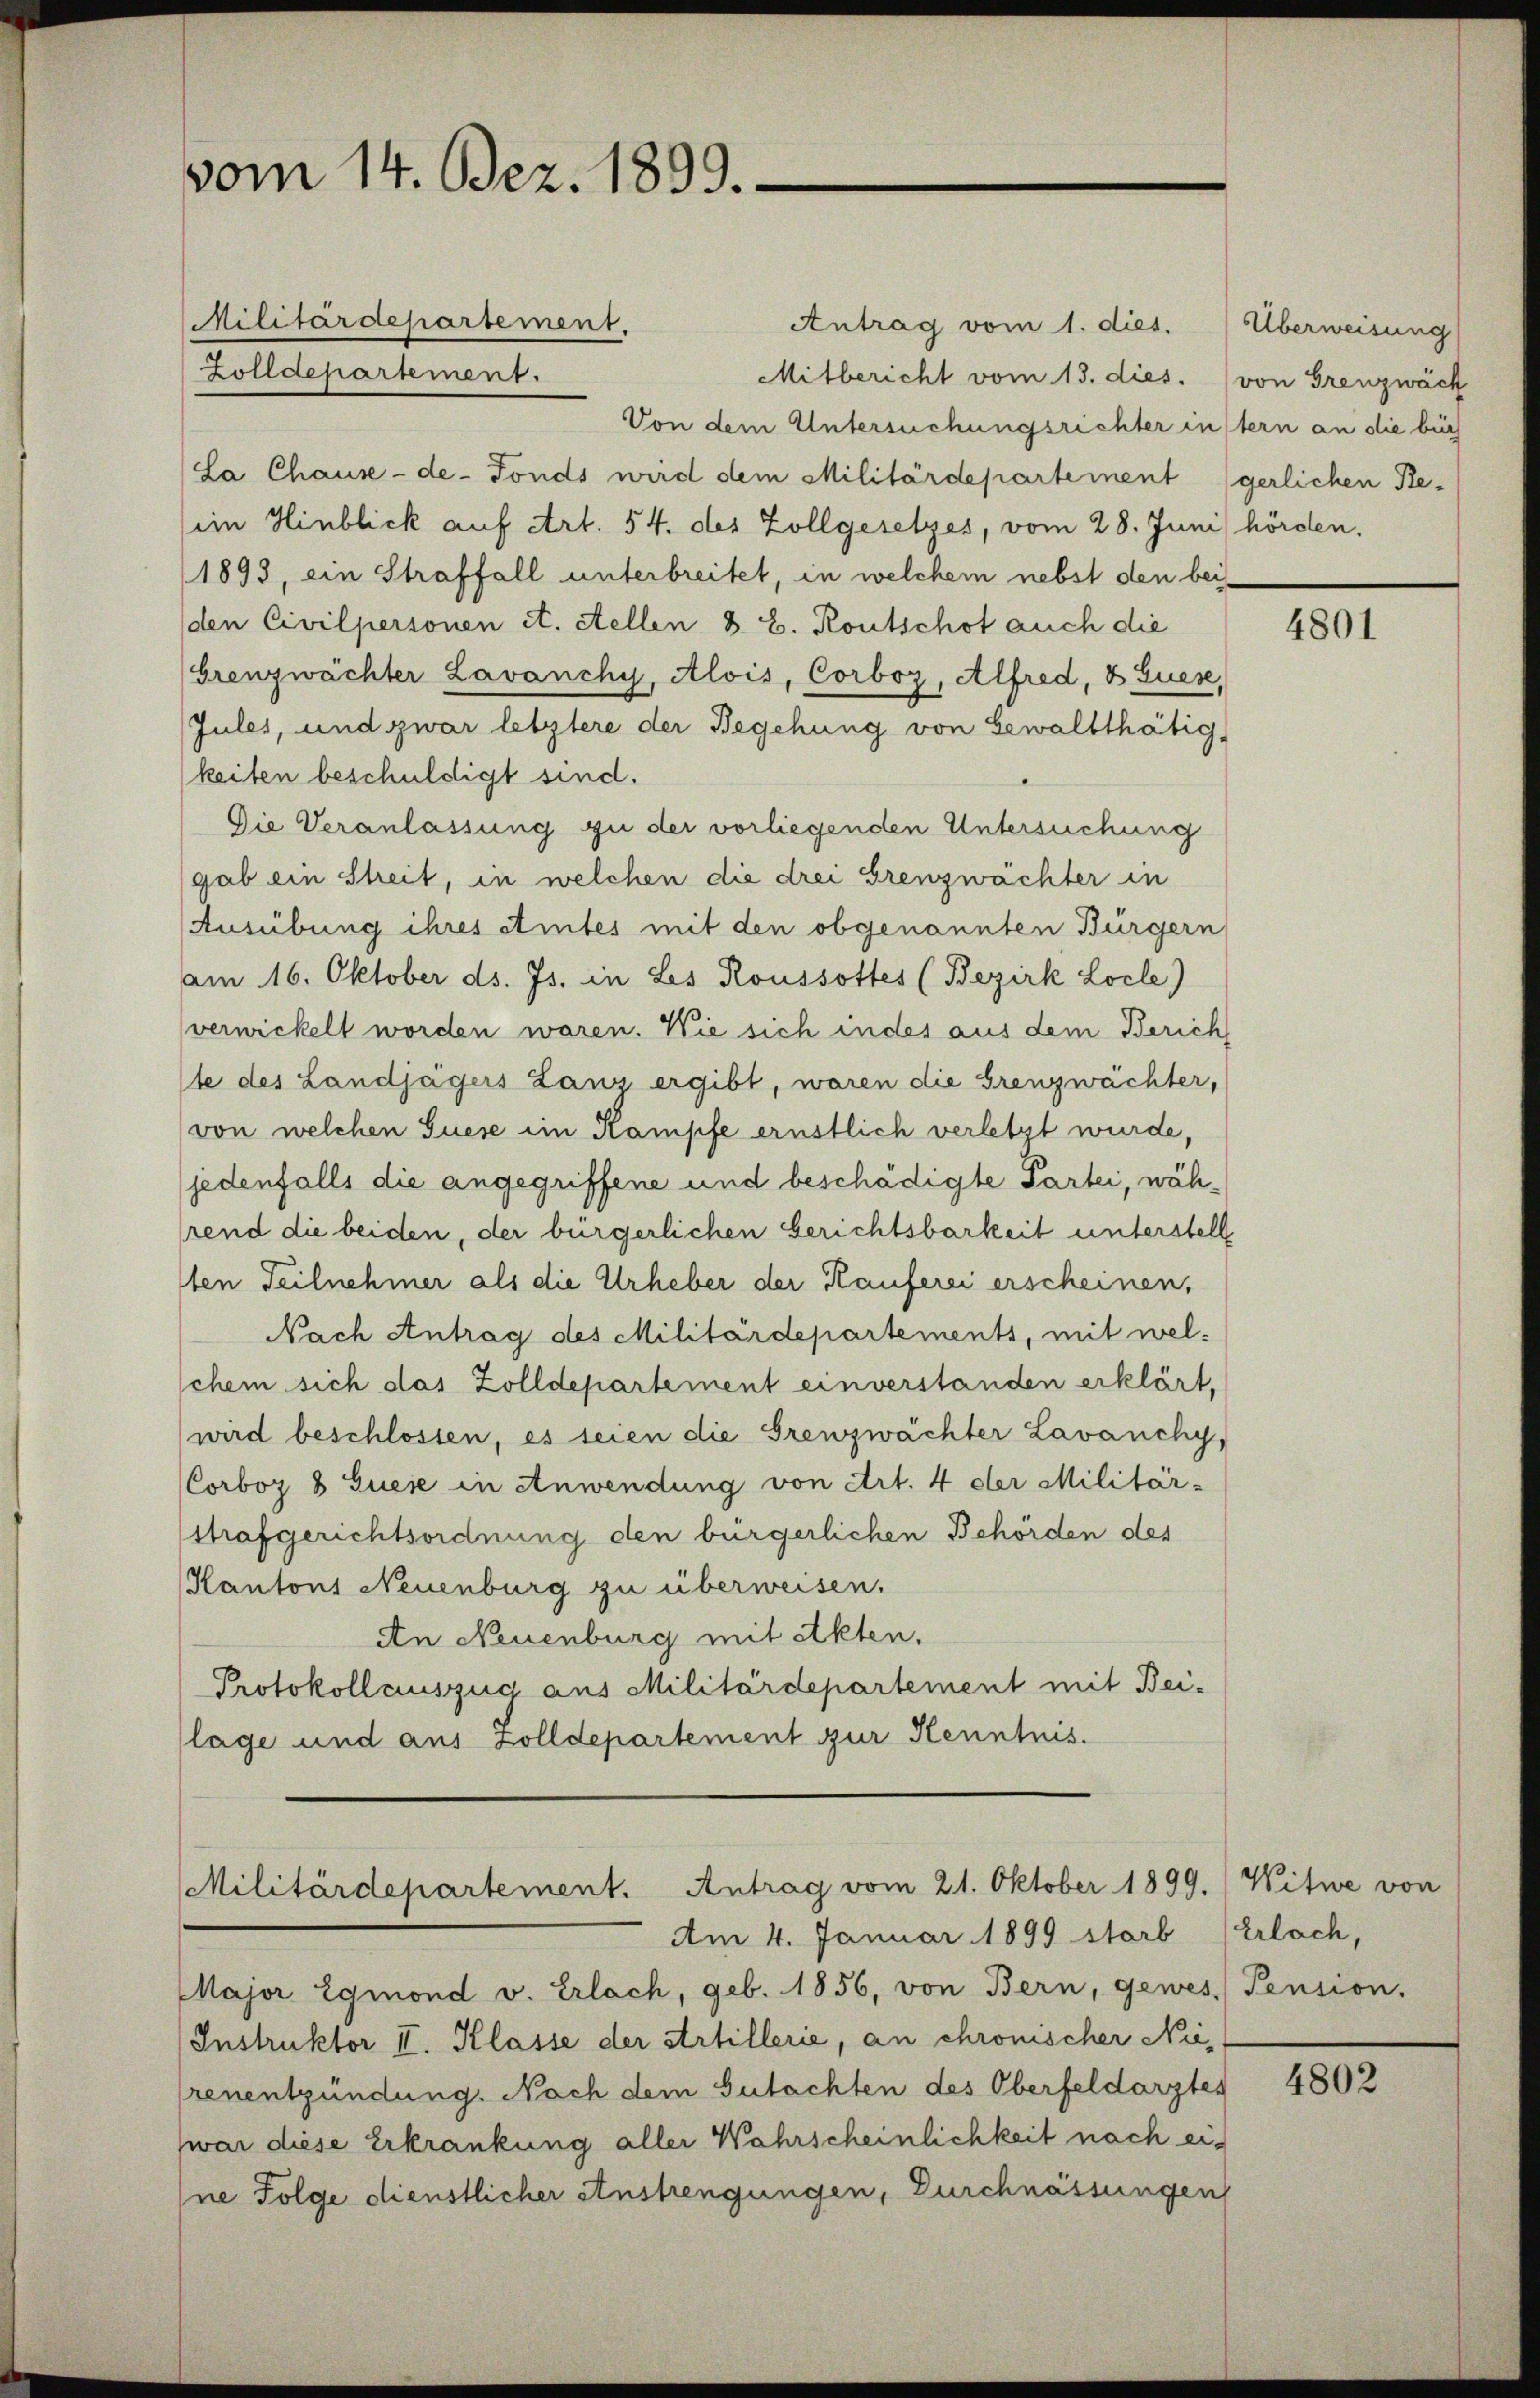
vom 14. Bez. 1899.

Militärdepartement.
Antrag vom 1. dies. Überweisung
Zolldepartement.
Mitbericht vom 13. dies. (von Grenzwäch
Von dem Untersuchungsrichter instern an die bür
La Chause-de-Fonds wird dem Militärdepartement (gerlichen Re-
(ein Hinblick auf Art. 54. des Zollgesetzes, vom 28. Juni hörden.
(1893, ein Straffall unterbreitet, in welchem nebst den bei
den Civilpersonen et. Stellen z. B. Routschot auch die
Grenzwächter Lavanchy, Alois, Corboz, Alfred, 8 Zues,
Jules, und zwar letztere der Begehung von Gewaltthätig,
keiten beschuldigt sind.
Die Veranlassung zu der vorliegenden Untersuchung
gab ein Streit, in welchen die drei Grenzwächter in
Ausübung ihres eintes mit den obgenannten Bürgern
am 16. Oktober ds. Js. in Les Roussottes (Bezirk Locle)
verwickelt worden waren. Wie sich indes aus dem Zürich
te des Landjägers Lanz ergibt, waren die Grenzwächter,
von welchen Suese im Kampfe ernstlich verletzt wurde,
jedenfalls die angegriffene und beschädigte Partei, während die beiden, der bürgerlichen Berichtsbarkeit unterstell
ten Teilnehmer als die Urheber der Kauferei erscheinen,
Nach Antrag des Militärdepartements, mit welchem sich das Zolldepartement einverstanden erklärt,
wird beschlossen, es seien die Grenzwächter Lavanchy,
Corboz 8 Fuese in Anwendung von Art. 4 der Militär-
strafgerichtsordnung den bürgerlichen Behörden des
Kantons Neuenburg zu überweisen.
An Neuenburg mit Akten,
Protokollauszug aus Militärdepartement mit Bei-
lage und aus Zolldepartement zur Kenntnis.

Militärdepartement. Antrag vom 21. Oktober 1899.

Am 4. Januar 1899 starb (Erlach,

Major 2gmond v. Erlach, geb. 1856, von Bern, gewes Pension,
Instruktor II. Klasse der Artillerie, an chronischer Nierenentzündung. Nach dem Gutachten des Oberfeldarztes
war diese Erkrankung aller Wahrscheinlichkeit nach eine Folge dienstlicher Anstrengungen, Durchnässungen

4801

Witwe von

4802